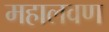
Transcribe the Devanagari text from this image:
महालवण